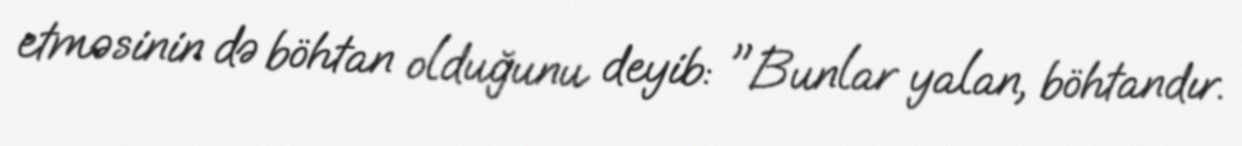
etməsinin də böhtan olduğunu deyib: "Bunlar yalan, böhtandır.